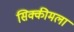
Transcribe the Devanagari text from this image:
सिक्कीमला